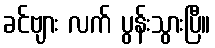
ခင်ဗျား လက် ပွန်းသွားပြီ။